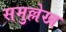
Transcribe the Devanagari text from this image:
समुल्लेख